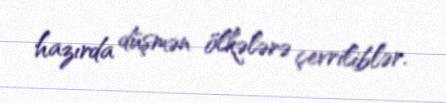
hazırda düşmən ölkələrə çevriliblər.